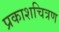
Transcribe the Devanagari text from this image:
प्रकाशचित्रण